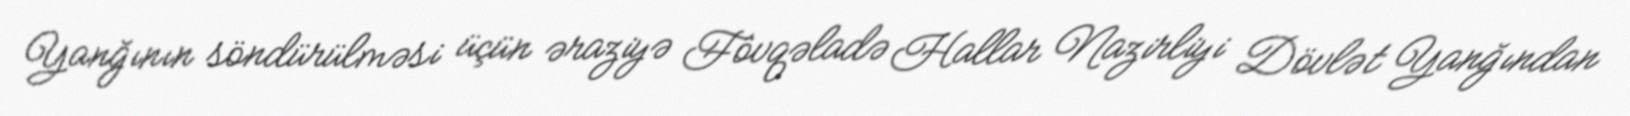
Yanğının söndürülməsi üçün əraziyə Fövqəladə Hallar Nazirliyi Dövlət Yanğından